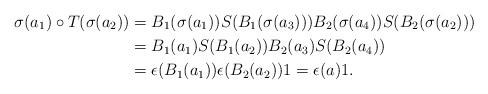
LaTeX: \begin{align*}\sigma(a_1)\circ T(\sigma(a_2))&=B_1(\sigma(a_1))S(B_1(\sigma(a_3)))B_2(\sigma(a_4))S(B_2(\sigma(a_2)))\\&=B_1(a_1)S(B_1(a_2))B_2(a_3)S(B_2(a_4))\\&=\epsilon(B_1(a_1))\epsilon(B_2(a_2))1=\epsilon(a)1.\end{align*}